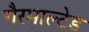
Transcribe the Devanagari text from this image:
गैरमाल्टेड